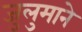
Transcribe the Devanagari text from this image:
जुलुमाने